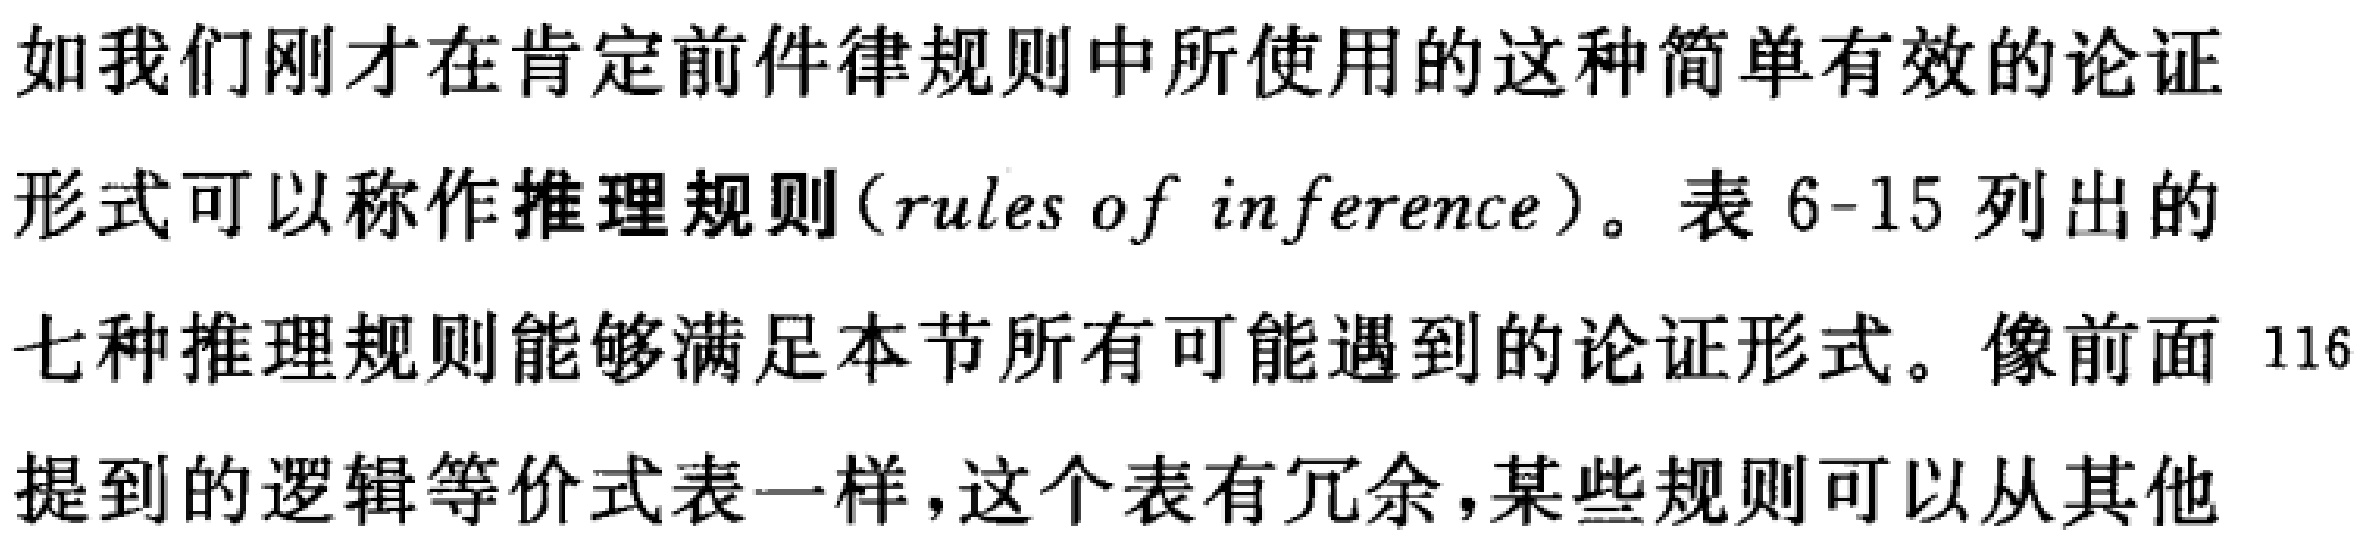
如我们刚才在肯定前件律规则中所使用的这种简单有效的论证形式可以称作推理规则(rules of inference)。表6-15列出的七种推理规则能够满足本节所有可能遇到的论证形式。像前面116提到的逻辑等价式表一样，这个表有冗余，某些规则可以从其他